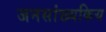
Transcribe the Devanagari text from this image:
जनसांख्यकिय